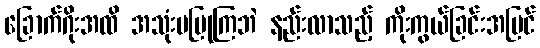
ခြောက်ဂိုးအထိ အသုံးမပြုကြဘဲ နည်းလာသည့် ကိုးကွယ်ခြင်းအပြင်